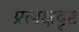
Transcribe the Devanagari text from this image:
प्रत्यक्षदृष्ट